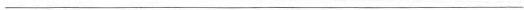
___